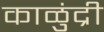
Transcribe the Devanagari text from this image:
काळुंद्री